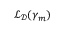
\mathcal { L } _ { \mathcal { D } } ( \boldsymbol { \gamma } _ { m } )